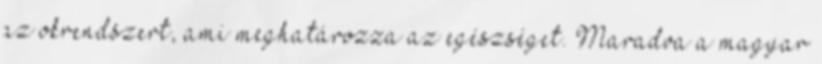
az okrendszert, ami meghatározza az egészséget. Maradva a magyar